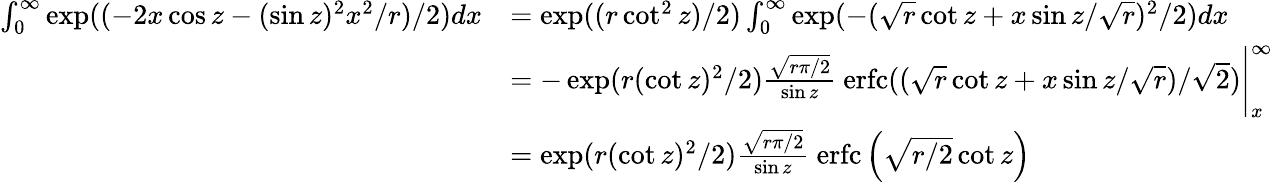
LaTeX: {\begin{array}{rl}{\int_{0}^{\infty}\exp((-2x\cos z-(\sin z)^{2}x^{2}/r)/2)dx}&{=\exp((r\cot^{2}z)/2)\int_{0}^{\infty}\exp(-({\sqrt{r}}\cot z+x\sin z/{\sqrt{r}})^{2}/2)dx}\\ &{=-\exp(r(\cot z)^{2}/2){\frac{\sqrt{r\pi/2}}{\sin z}}{\mathrm{~erfc}}(({\sqrt{r}}\cot z+x\sin z/{\sqrt{r}})/{\sqrt{2}}){\Bigg|}_{x}^{\infty}}\\ &{=\exp(r(\cot z)^{2}/2){\frac{\sqrt{r\pi/2}}{\sin z}}{\mathrm{~erfc}}\left({\sqrt{r/2}}\cot z\right)}\end{array}}